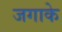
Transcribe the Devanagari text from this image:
जगाके